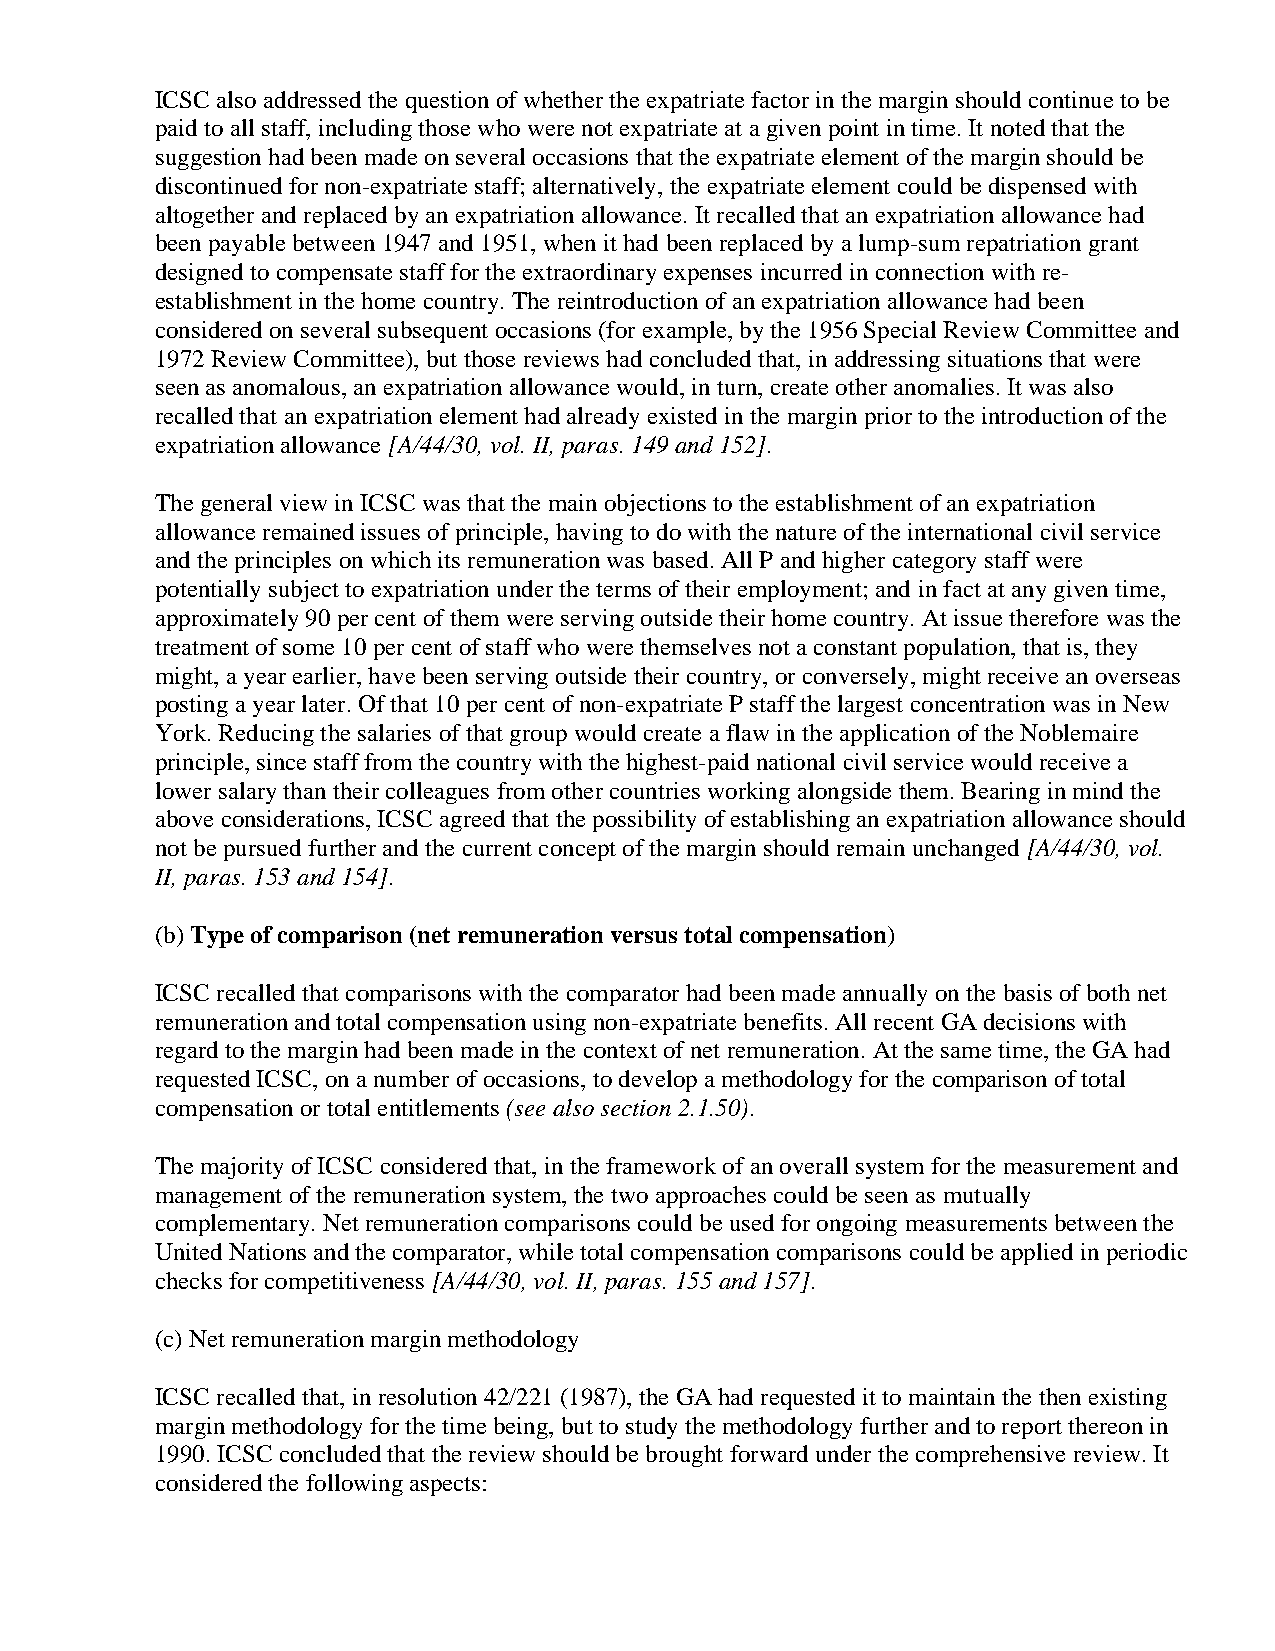
ICSC also addressed the question of whether the expatriate factor in the margin should continue to be
 paid to all staff, including those who were not expatriate at a given point in time. It noted that the
 suggestion had been made on several occasions that the expatriate element of the margin should be
 discontinued for non-expatriate staff; alternatively, the expatriate element could be dispensed with
 altogether and replaced by an expatriation allowance. It recalled that an expatriation allowance had
 been payable between 1947 and 1951, when it had been replaced by a lump-sum repatriation grant
 designed to compensate staff for the extraordinary expenses incurred in connection with re-
 establishment in the home country. The reintroduction of an expatriation allowance had been
 considered on several subsequent occasions (for example, by the 1956 Special Review Committee and
 1972 Review Committee), but those reviews had concluded that, in addressing situations that were
 seen as anomalous, an expatriation allowance would, in turn, create other anomalies. It was also
 recalled that an expatriation element had already existed in the margin prior to the introduction of the
 expatriation allowance [A/44/30, vol. II, paras. 149 and 152].
 The general view in ICSC was that the main objections to the establishment of an expatriation
 allowance remained issues of principle, having to do with the nature of the international civil service
 and the principles on which its remuneration was based. All P and higher category staff were
 potentially subject to expatriation under the terms of their employment; and in fact at any given time,
 approximately 90 per cent of them were serving outside their home country. At issue therefore was the
 treatment of some 10 per cent of staff who were themselves not a constant population, that is, they
 might, a year earlier, have been serving outside their country, or conversely, might receive an overseas
 posting a year later. Of that 10 per cent of non-expatriate P staff the largest concentration was in New
 York. Reducing the salaries of that group would create a flaw in the application of the Noblemaire
 principle, since staff from the country with the highest-paid national civil service would receive a
 lower salary than their colleagues from other countries working alongside them. Bearing in mind the
 above considerations, ICSC agreed that the possibility of establishing an expatriation allowance should
 not be pursued further and the current concept of the margin should remain unchanged [A/44/30, vol.
 II, paras. 153 and 154].
 (b) Type of comparison (net remuneration versus total compensation)
 ICSC recalled that comparisons with the comparator had been made annually on the basis of both net
 remuneration and total compensation using non-expatriate benefits. All recent GA decisions with
 regard to the margin had been made in the context of net remuneration. At the same time, the GA had
 requested ICSC, on a number of occasions, to develop a methodology for the comparison of total
 compensation or total entitlements (see also section 2.1.50).
 The majority of ICSC considered that, in the framework of an overall system for the measurement and
 management of the remuneration system, the two approaches could be seen as mutually
 complementary. Net remuneration comparisons could be used for ongoing measurements between the
 United Nations and the comparator, while total compensation comparisons could be applied in periodic
 checks for competitiveness [A/44/30, vol. II, paras. 155 and 157].
 (c) Net remuneration margin methodology
 ICSC recalled that, in resolution 42/221 (1987), the GA had requested it to maintain the then existing
 margin methodology for the time being, but to study the methodology further and to report thereon in
 1990. ICSC concluded that the review should be brought forward under the comprehensive review. It
 considered the following aspects: